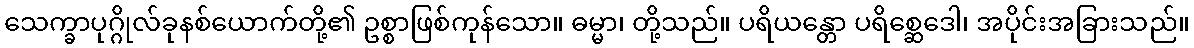
သေက္ခာပုဂ္ဂိုလ်ခုနစ်ယောက်တို့၏ ဥစ္စာဖြစ်ကုန်သော။ ဓမ္မာ၊ တို့သည်။ ပရိယန္တော ပရိစ္ဆေဒေါ၊ အပိုင်းအခြားသည်။